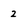
Character: 2